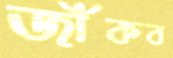
জাঁকব